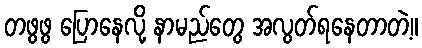
တဖွဖွ ပြောနေလို့ နာမည်တွေ အလွတ်ရနေတာတဲ့။